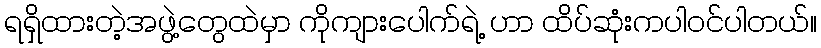
ရရှိထားတဲ့အဖွဲ့တွေထဲမှာ ကိုကျားပေါက်ရဲ့ ဟာ ထိပ်ဆုံးကပါဝင်ပါတယ်။